Report on sanitation, dispensaries, and jails in Rajputana for 1913, and on vaccination for the year 1913-1914 - 1913-1914
Year: 1913
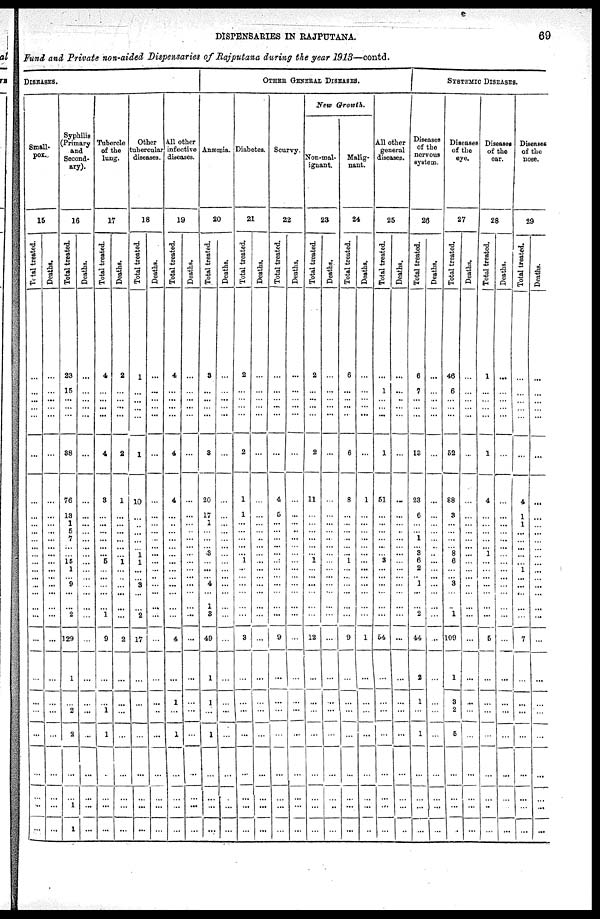
DISPENSARIES IN RAJPUTANA.
69
Fund and Private non-aided Dispensaries of Rajputana during the year 1913—contd.
DISEASES.
Small-
pox.
15
Total treated.
...
...
...
...
...
...
...
...
...
...
...
...
...
...
...
...
... ...
...
...
...
...
...
...
...
...
...
...
Deaths.
...
...
...
...
...
...
...
...
...
...
...
...
...
...
...
...
...
...
...
...
...
...
...
...
...
...
...
...
Syphilis
(Primary
and
Second-
ary).
16
Total treated.
23
15
...
...
...
38
76
13
1
5
7
...
...
15 1
...
9
...
...
2
129
1
...
2
2
...
1
1
Deaths.
...
...
...
...
...
...
...
...
...
...
...
...
...
...
...
...
...
...
...
...
...
...
...
...
...
...
...
...
Tubercle
of the
lung.
17
Total treated.
4
...
...
...
...
4
3
...
...
...
...
...
...
5
...
...
...
...
...
1
9
...
...
1
1
...
...
...
Deaths.
2
...
...
...
...
2
1
...
...
...
...
...
...
1
...
...
...
...
...
...
2
...
...
...
...
...
...
...
Other
tubercular
diseases.
18
Total treated.
1
...
...
...
...
1
10
...
...
...
...
... 1
1
...
...
3
...
...
2
17
...
...
...
...
...
...
...
Deaths.
...
...
...
...
...
...
...
...
...
...
...
...
...
...
...
...
...
...
...
...
...
...
...
..
...
...
...
...
All other
infective
diseases.
19
Total treated.
4
...
...
...
...
4
4
...
...
...
...
...
...
...
...
...
...
...
...
...
4
...
1
...
1
...
...
...
Deaths.
...
...
...
...
...
...
...
...
...
...
...
...
...
...
...
...
...
...
...
...
...
...
...
...
...
...
...
...
OTHER GENERAL DISEASES.
Anæmia.
20
Total treated.
3
...
...
...
...
3
20
17
1
...
...
... 3
...
...
...
4
...
1
3
49
1
1
...
1
...
...
...
Deaths.
...
...
...
...
...
...
...
...
...
...
...
...
...
...
...
...
...
...
...
...
...
...
...
...
...
...
...
...
Diabetes.
21
Total treated.
2
...
...
...
...
2
1
1
...
...
...
...
...
1
...
...
...
...
...
...
3
...
...
...
...
...
...
...
Deaths.
...
...
...
...
...
...
...
...
...
...
...
...
...
...
...
...
...
...
...
...
...
...
...
...
...
...
...
...
Scurvy.
22
Total treated.
...
...
...
...
...
...
4
5
...
...
...
...
...
...
...
...
...
...
...
...
9
...
...
...
...
...
...
...
Deaths.
...
...
...
...
...
...
...
...
...
...
...
...
...
...
...
...
...
...
...
...
...
...
...
...
...
...
...
...
New Growth.
Non-mal-
ignant.
23
Total treated.
2
...
...
...
...
2
11
...
...
...
...
...
...
1
...
...
...
...
...
...
12
...
...
...
...
...
...
...
Deaths.
...
...
...
...
...
...
...
...
...
...
..
...
...
...
...
...
...
...
...
...
...
...
...
...
...
...
...
...
Malig-
nant.
24
Total treated.
6
...
...
...
...
6
8
...
...
...
...
...
...
1
...
...
...
...
...
...
9
...
...
...
...
...
...
...
Deaths.
...
...
...
...
...
...
1
...
...
...
...
...
...
...
...
...
...
...
...
...
1
...
...
...
...
...
...
..
All other
general
diseases.
25
Total treated.
...
1
...
...
...
1
51
...
...
...
...
...
...
3
...
...
...
...
...
...
54
...
...
...
...
...
...
...
Deaths.
...
...
..
...
...
...
...
...
...
...
...
...
...
...
...
...
...
...
...
...
...
...
...
...
...
...
...
..
SYSTEMIC DISEASES.
Diseases
of the
nervous
system.
26
Total treated.
6
7
...
...
...
13
23
6
...
...
1
... 3
6
2
...
1
...
...
2
44
2
1
...
1
...
...
...
Deaths.
...
...
...
...
...
...
...
...
...
...
...
...
...
...
...
...
...
...
...
...
...
...
...
...
...
...
...
...
Disease
of the
eye.
27
Total treated.
46
6
...
...
...
52
88
3
...
...
...
... 8
6
...
...
3
...
...
1
109
1
3
2
5
...
...
...
Deaths.
...
...
...
...
...
...
...
...
...
...
...
...
...
...
...
...
...
...
...
...
...
...
...
...
...
...
...
...
Diseases
of the
ear.
28
Total treated.
1
...
...
...
...
1
4
...
...
...
...
... 1
...
...
...
...
...
...
...
5
...
...
...
...
...
...
...
Deaths.
...
...
...
...
...
...
...
...
...
...
...
...
...
...
...
...
...
...
...
...
...
...
...
...
...
...
...
...
Diseases
of the
nose.
29
Total treated.
...
...
...
...
...
...
4
1
...
...
...
...
...
...
...
...
...
...
...
...
7
...
...
...
...
...
...
...
Deaths.
...
...
...
...
...
...
...
...
...
...
...
...
...
...
...
...
...
...
...
...
...
...
...
...
...
...
...
...